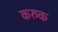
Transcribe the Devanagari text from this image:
करुक